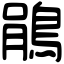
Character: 鵑